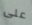
على